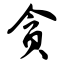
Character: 贪